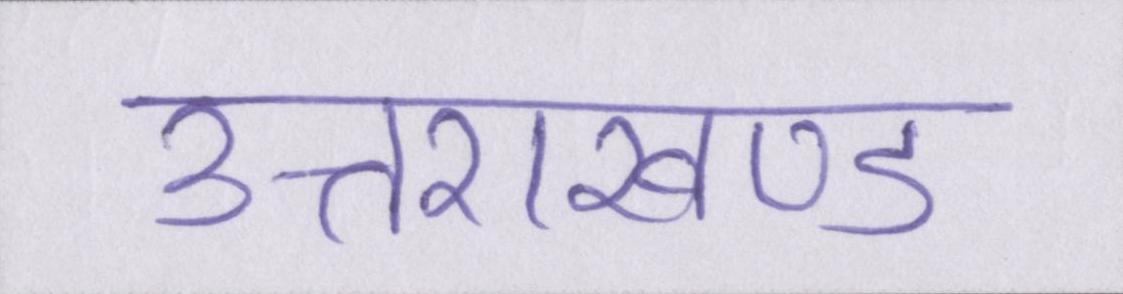
उत्तराखण्ड